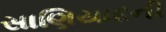
સાણિયાદની